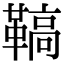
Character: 𩌡